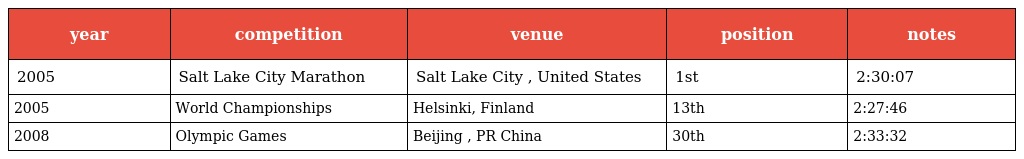
| year | competition | venue | position | notes |
 | --- | --- | --- | --- | --- |
 | 2005 | Salt Lake City Marathon | Salt Lake City , United States | 1st | 2:30:07 |
 | 2005 | World Championships | Helsinki, Finland | 13th | 2:27:46 |
 | 2008 | Olympic Games | Beijing , PR China | 30th | 2:33:32 |